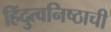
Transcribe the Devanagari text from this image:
हिंदुत्वनिष्ठाची